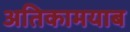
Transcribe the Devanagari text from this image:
अतिकामयाब